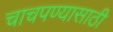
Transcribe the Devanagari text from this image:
चाचपण्यासाठी